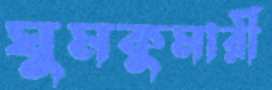
ঘুমকুমারী